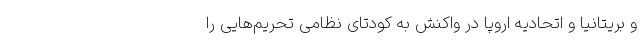
و بریتانیا و اتحادیه اروپا در واکنش به کودتای نظامی تحریم‌هایی را